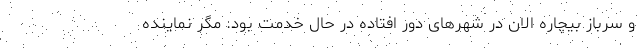
و سرباز بیچاره الان در شهرهای دور افتاده در حال خدمت بود. مگر نماینده